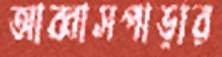
আব্বাসপাড়ার